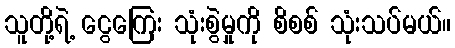
သူတို့ရဲ့ ငွေကြေး သုံးစွဲမှုကို စိစစ် သုံးသပ်မယ်။